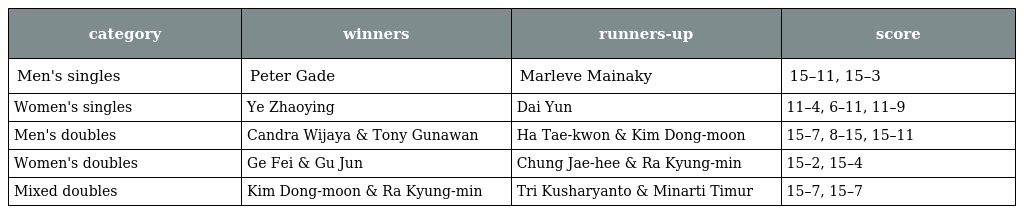
| category | winners | runners-up | score |
 | --- | --- | --- | --- |
 | Men's singles | Peter Gade | Marleve Mainaky | 15–11, 15–3 |
 | Women's singles | Ye Zhaoying | Dai Yun | 11–4, 6–11, 11–9 |
 | Men's doubles | Candra Wijaya & Tony Gunawan | Ha Tae-kwon & Kim Dong-moon | 15–7, 8–15, 15–11 |
 | Women's doubles | Ge Fei & Gu Jun | Chung Jae-hee & Ra Kyung-min | 15–2, 15–4 |
 | Mixed doubles | Kim Dong-moon & Ra Kyung-min | Tri Kusharyanto & Minarti Timur | 15–7, 15–7 |